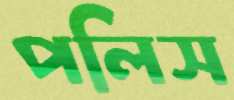
পলিস